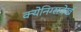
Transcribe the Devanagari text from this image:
क्येनिग्सवेर्ख